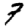
Digit: 7